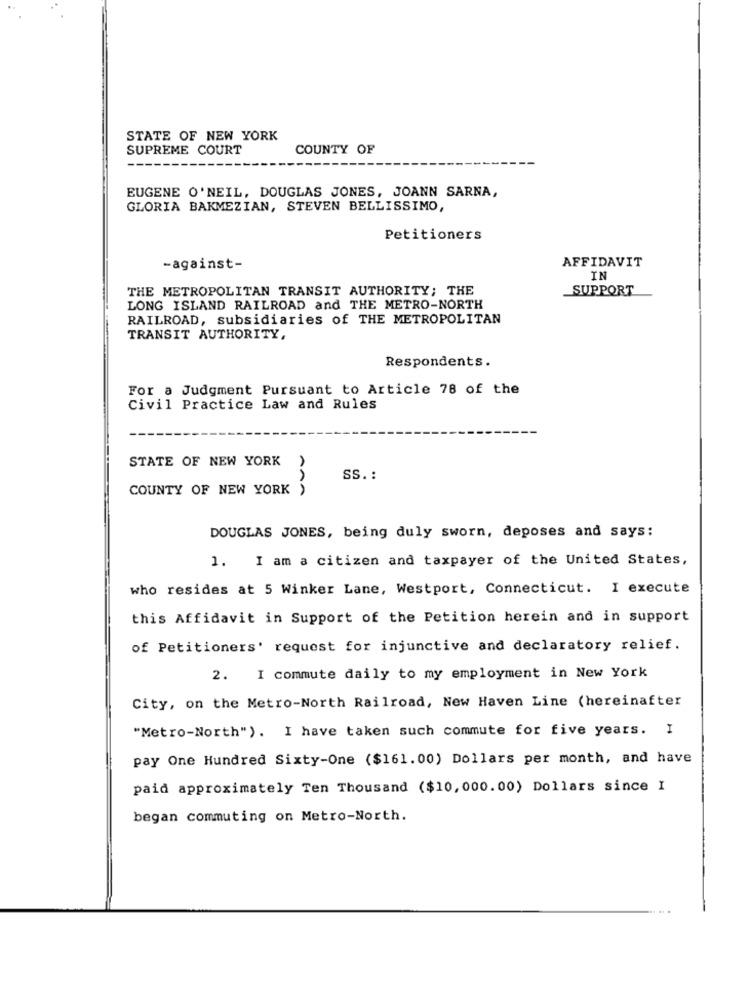
STATE OF NEW YORK
SUPREME COURT
COUNTY OF
EUGENE O'NEIL, DOUGLAS JONES, JOANN SARNA,
GLORIA BAKMEZIAN, STEVEN BELLISSIMO,
Petitioners
AFFIDAVIT
-against-
IN
THE METROPOLITAN TRANSIT AUTHORITY; THE
SUPPORT
LONG ISLAND RAILROAD and THE METRO-NORTH
RAILROAD, subsidiaries of THE METROPOLITAN
TRANSIT AUTHORITY,
Respondents.
For a Judgment Pursuant to Article 78 of the
Civil Practice Law and Rules
STATE OF NEW YORK
SS. :
COUNTY OF NEW YORK )
DOUGLAS JONES, being duly sworn, deposes and says:
I am a citizen and taxpayer of the United States,
1.
who resides at 5 Winker Lane, Westport, Connecticut. I execute
this Affidavit in Support of the Petition herein and in support
of Petitioners' request for injunctive and declaratory relief.
2. I commute daily to my employment in New York
City, on the Metro-North Railroad, New Haven Line (hereinafter
"Metro-North"). I have taken such commute for five years. I
pay One Hundred Sixty-One ($161.00) Dollars per month, and have
paid approximately Ten Thousand ($10, 000.00) Dollars since I
began commuting on Metro-North.